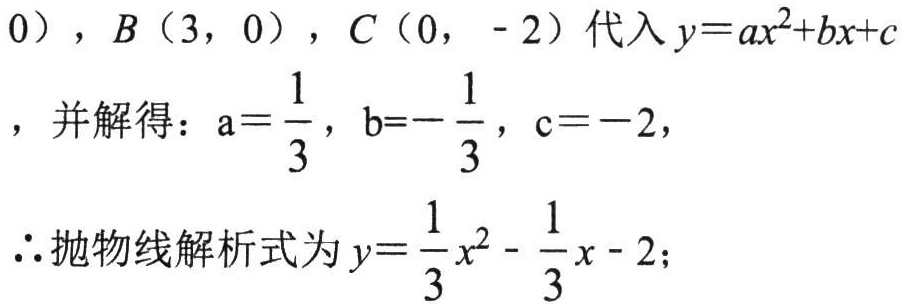
$0)$，$B(3,0)$，$C(0,-2)$代入$y = ax^{2}+bx + c$，并解得：$\mathrm{a}=\frac{1}{3}$，$\mathrm{b}=-\frac{1}{3}$，$\mathrm{c}=-2$，
$\therefore$抛物线解析式为$y=\frac{1}{3}x^{2}-\frac{1}{3}x - 2$；